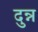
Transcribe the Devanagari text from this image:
दुन्न